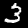
Label: 3